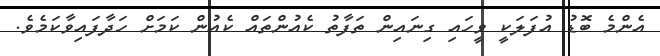
އެންމެ ބޮޑު އުފަލަކީ ވީހައި ގިނައިން ތަފާތު ކެއުންތައް ކެއުން ކަމަށް ހަދާފައިވާކަމެވެ.